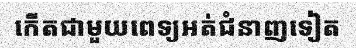
កើតជាមួយពេទ្យអត់ជំនាញទៀត